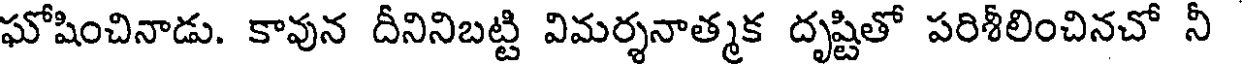
ఘోషించినాడు. కావున దీనినిబట్టి విమర్శనాత్మక దృష్టితో పరిశీలించినచో నీ